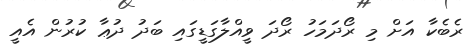
ރެބެކާ އަށް މި ރޯދަމަހު ރޯދަ ވީއްލާގަޑީގައި ބަދު ދުޢާ ކުރުން އެއީ